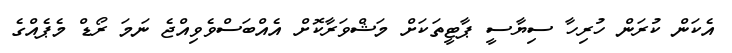
އެކަން ކުރަން ހުރިހާ ސިޔާސީ ޕާޓީތަކަށް މަޝްވަރާކޮށް އެއްބަސްވެވިއްޖެ ނަމަ ރޯޑް މެޕެއްގެ